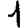
Digit: 1